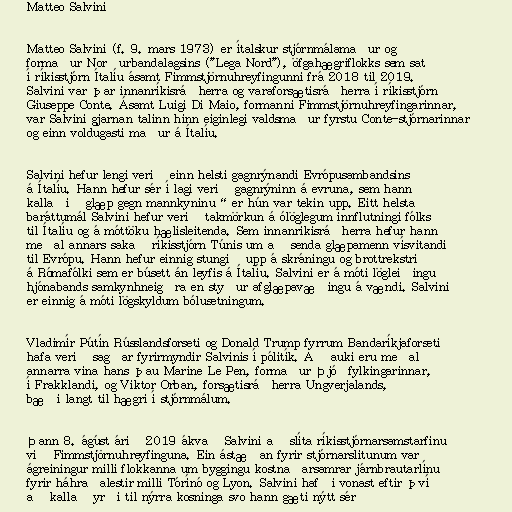
Matteo Salvini

Matteo Salvini (f. 9. mars 1973) er ítalskur stjórnmálamaður og
formaður Norðurbandalagsins ("Lega Nord"), öfgahægriflokks sem sat
í ríkisstjórn Ítalíu ásamt Fimmstjörnuhreyfingunni frá 2018 til 2019.
Salvini var þar innanríkisráðherra og varaforsætisráðherra í ríkisstjórn
Giuseppe Conte. Ásamt Luigi Di Maio, formanni Fimmstjörnuhreyfingarinnar,
var Salvini gjarnan talinn hinn eiginlegi valdsmaður fyrstu Conte-stjórnarinnar
og einn voldugasti maður á Ítalíu.

Salvini hefur lengi verið einn helsti gagnrýnandi Evrópusambandsins
á Ítalíu. Hann hefur sér í lagi verið gagnrýninn á evruna, sem hann
kallaði „glæp gegn mannkyninu“ er hún var tekin upp. Eitt helsta
baráttumál Salvini hefur verið takmörkun á ólöglegum innflutningi fólks
til Ítalíu og á móttöku hælisleitenda. Sem innanríkisráðherra hefur hann
meðal annars sakað ríkisstjórn Túnis um að senda glæpamenn vísvitandi
til Evrópu. Hann hefur einnig stungið upp á skráningu og brottrekstri
á Rómafólki sem er búsett án leyfis á Ítalíu. Salvini er á móti lögleiðingu
hjónabands samkynhneigðra en styður afglæpavæðingu á vændi. Salvini
er einnig á móti lögskyldum bólusetningum.

Vladimír Pútín Rússlandsforseti og Donald Trump fyrrum Bandaríkjaforseti
hafa verið sagðar fyrirmyndir Salvinis í pólitík. Að auki eru meðal
annarra vina hans þau Marine Le Pen, formaður Þjóðfylkingarinnar,
í Frakklandi, og Viktor Orban, forsætisráðherra Ungverjalands,
bæði langt til hægri í stjórnmálum.

Þann 8. ágúst árið 2019 ákvað Salvini að slíta ríkisstjórnarsamstarfinu
við Fimmstjörnuhreyfinguna. Ein ástæðan fyrir stjórnarslitunum var
ágreiningur milli flokkanna um byggingu kostnaðarsamrar járnbrautarlínu
fyrir háhraðalestir milli Tórínó og Lyon. Salvini hafði vonast eftir því
að kallað yrði til nýrra kosninga svo hann gæti nýtt sér